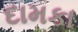
દામકા